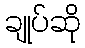
ချုပ်ဆို